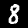
Digit: 8